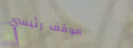
موقف رئيسي